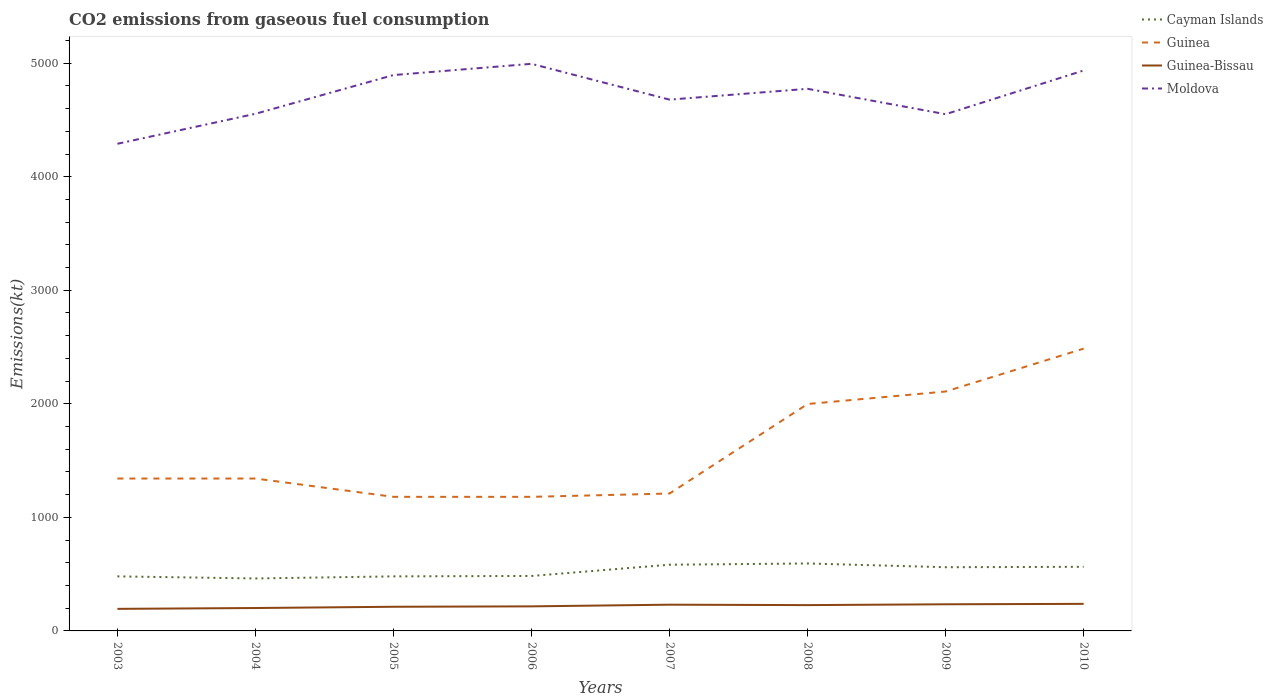
| Years | Cayman Islands | Guinea | Guinea-Bissau | Moldova |
 | --- | --- | --- | --- | --- |
 | 2003 | 480 | 1.34e+03 | 194 | 4.29e+03 |
 | 2004 | 462 | 1.34e+03 | 202 | 4.55e+03 |
 | 2005 | 480 | 1.18e+03 | 213 | 4.9e+03 |
 | 2006 | 484 | 1.18e+03 | 216 | 4.99e+03 |
 | 2007 | 583 | 1.21e+03 | 231 | 4.68e+03 |
 | 2008 | 594 | 2e+03 | 227 | 4.77e+03 |
 | 2009 | 561 | 2.11e+03 | 235 | 4.55e+03 |
 | 2010 | 565 | 2.49e+03 | 238 | 4.94e+03 |